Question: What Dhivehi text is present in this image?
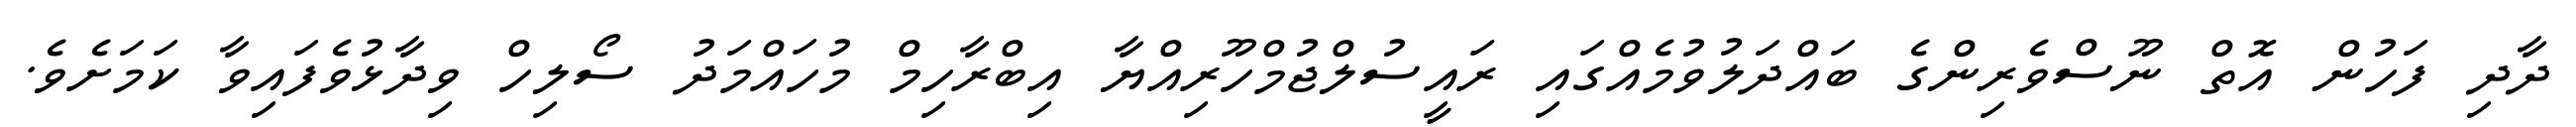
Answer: ދާދި ފަހުން އޮތް ނޫސްވެރިންގެ ބައްދަލުވުމެއްގައި ރައީސުލްޖުމްހޫރިއްޔާ އިބްރާހިމް މުހައްމަދު ސޯލިހް ވިދާޅުވެފައިވާ ކަމަށެވެ.